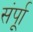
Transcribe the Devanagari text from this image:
संर्पूा